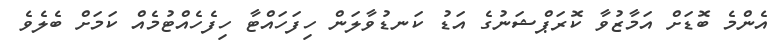
އެންމެ ބޮޑަށް އަމާޒުވާ ކޮރަޕްޝަނުގެ އަޑު ކަނޑުވާލަން ހިފަހައްޓާ ހިފެހެއްޓުމެއް ކަމަށް ބެލެވެ